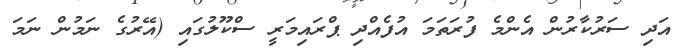
އަދި ސަރުކާރުން އެންމެ ފުރަތަމަ އުފެއްދި ޕްރައިމަރީ ސްކޫލުގައި (އޭރުގެ ނަމުން ނަމަ